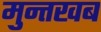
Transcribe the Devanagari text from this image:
मुन्तखब